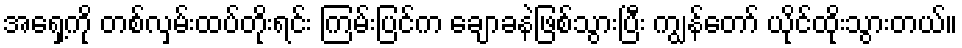
အရှေ့ကို တစ်လှမ်းထပ်တိုးရင်း ကြမ်းပြင်က ချောခနဲဖြစ်သွားပြီး ကျွန်တော် ယိုင်ထိုးသွားတယ်။